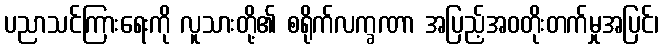
ပညာသင်ကြားရေးကို လူသားတို့၏ စရိုက်လက္ခဏာ အပြည့်အဝတိုးတက်မှုအပြင်၊